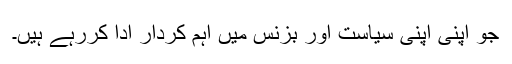
جو اپنی اپنی سیاست اور بزنس میں اہم کردار ادا کررہے ہیں۔